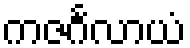
ကဇင်္ဂလာယံ